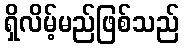
ရှိလိမ့်မည်ဖြစ်သည်